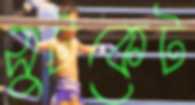
সুটকেট